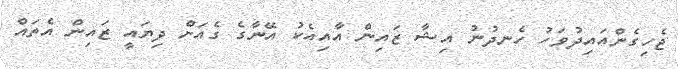
ޖެހިގެންއައިދުވަހު ހެނދުުނު އިޝާ ޒައިން އާއިއެކު އޭނާގެ ގެއަށް ދިޔައީ ޒައިން އެތައް